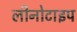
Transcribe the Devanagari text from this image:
लीनोटाइप